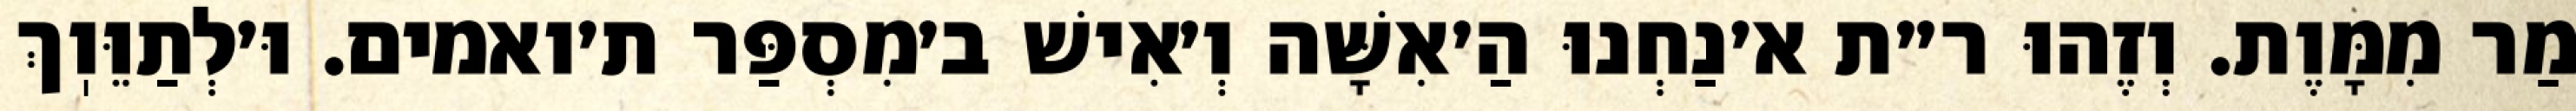
מַר מִמָּוֶת. וְזֶהוּ ר״ת א׳נַחְנוּ הַ׳אִשָּׁה וְ׳אִישׁ ב׳מִסְפַּר ת׳ואמים. וּ׳לְתַוֵּוֽךְ